Civil Veterinary Department. Madras. Admin. report 1926-33 - 1926-1933
Year: 1926
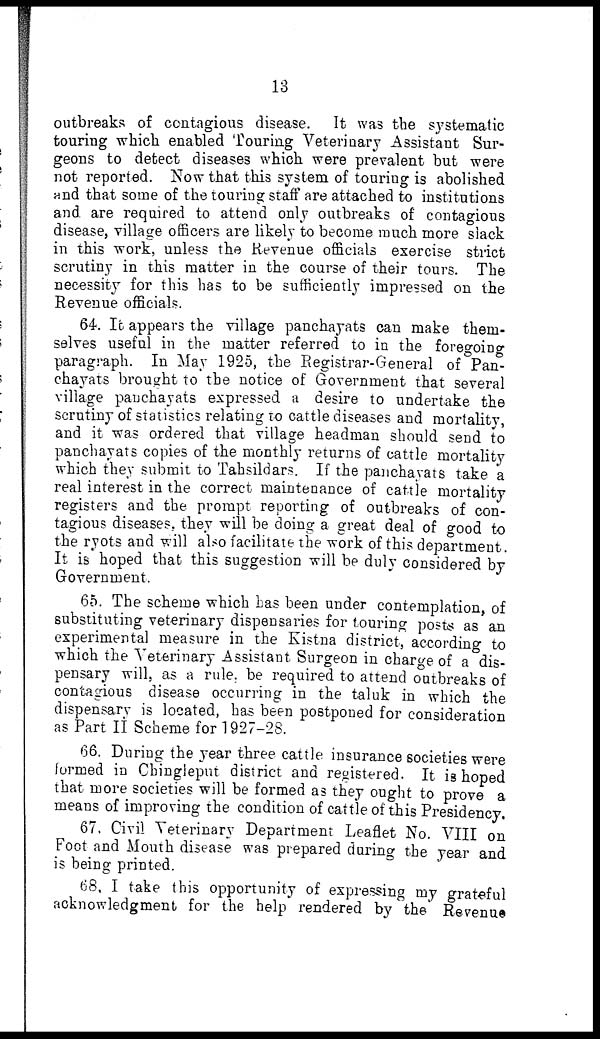
13
outbreaks of contagious disease. It was the systematic
touring which enabled Touring Veterinary Assistant Sur-
geons to detect diseases which were prevalent but were
not reported. Now that this system of touring is abolished
and that some of the touring staff are attached to institutions
and are required to attend only outbreaks of contagious
disease, village officers are likely to become much more slack
in this work, unless the Revenue officials exercise strict
scrutiny in this matter in the course of their tours. The
necessity for this has to be sufficiently impressed on the
Revenue officials.
64. It appears the village panchayats can make them-
selves useful in the matter referred to in the foregoing
paragraph. In May 1925, the Registrar-General of Pan-
chayats brought to the notice of Government that several
village panchayats expressed a desire to undertake the
scrutiny of statistics relating to cattle diseases and mortality,
and it was ordered that village headman should send to
panchayats copies of the monthly returns of cattle mortality
which they submit to Tahsildars. If the panchayats take a
real interest in the correct maintenance of cattle mortality
registers and the prompt reporting of outbreaks of con-
tagious diseases, they will be doing a great deal of good to
the ryots and will also facilitate the work of this department.
It is hoped that this suggestion will be duly considered by
Government.
65. The scheme which has been under contemplation, of
substituting veterinary dispensaries for touring posts as an
experimental measure in the Kistna district? according to
which the Veterinary Assistant Surgeon in charge of a dis-
pensary will, as a rule, be required to attend outbreaks of
contagious disease occurring in the taluk in which the
dispensary is located, has been postponed for consideration
as Part II Scheme for 1927-28.
66. During the year three cattle insurance societies were
formed in Chingleput district and registered. It is hoped
that more societies will be formed as they ought to prove a
means of improving the condition of cattle of this Presidency.
67. Civil Veterinary Department Leaflet No. VIII on
Foot and Mouth disease was prepared during the year and
is being printed.
68. I take this opportunity of expressing my grateful
acknowledgment for the help rendered by the Revenue